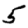
Digit: 5